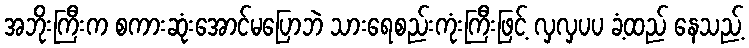
အဘိုးကြီးက စကားဆုံးအောင်မပြောဘဲ သားရေစည်းကုံးကြီးဖြင့် လှလှပပ ခံ့ထည် နေသည့်